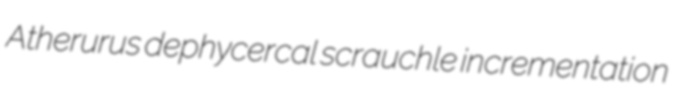
Atherurus dephycercal scrauchle incrementation